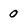
Character: 0